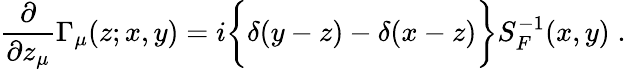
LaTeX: {\frac{\partial}{\partial z_{\mu}}}\Gamma_{\mu}(z;x,y)=i\bigg\lbrace\delta(y-z)-\delta(x-z)\bigg\rbrace S_{F}^{-1}(x,y)\; .